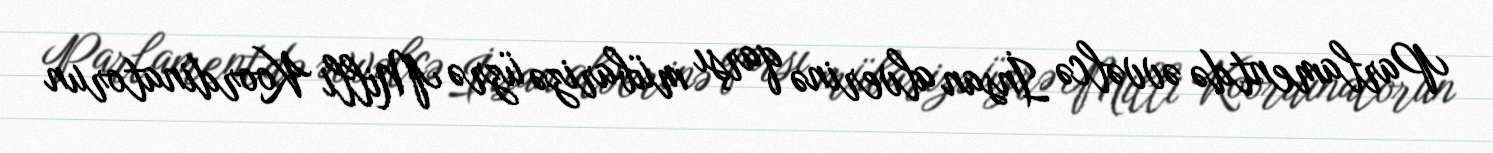
Parlamentdə əvvəlcə İnsan alverinə qarşı mübarizə üzrə Milli Koordinatorun